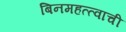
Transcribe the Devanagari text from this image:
बिनमहत्त्वाची